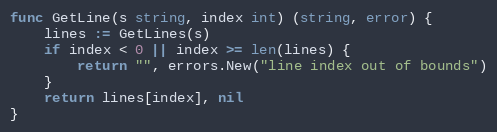
Language: Go
func GetLine(s string, index int) (string, error) {
	lines := GetLines(s)
	if index < 0 || index >= len(lines) {
		return "", errors.New("line index out of bounds")
	}
	return lines[index], nil
}